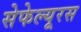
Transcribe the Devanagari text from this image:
सेफेल्यूरस